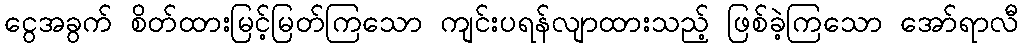
ငွေအခွက် စိတ်ထားမြင့်မြတ်ကြသော ကျင်းပရန်လျာထားသည့် ဖြစ်ခဲ့ကြသော အော်ရာလီ